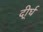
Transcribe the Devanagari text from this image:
दी्र्घ